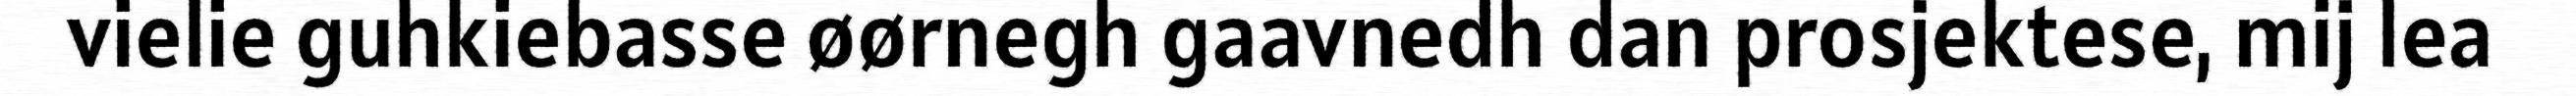
vielie guhkiebasse øørnegh gaavnedh dan prosjektese, mij lea